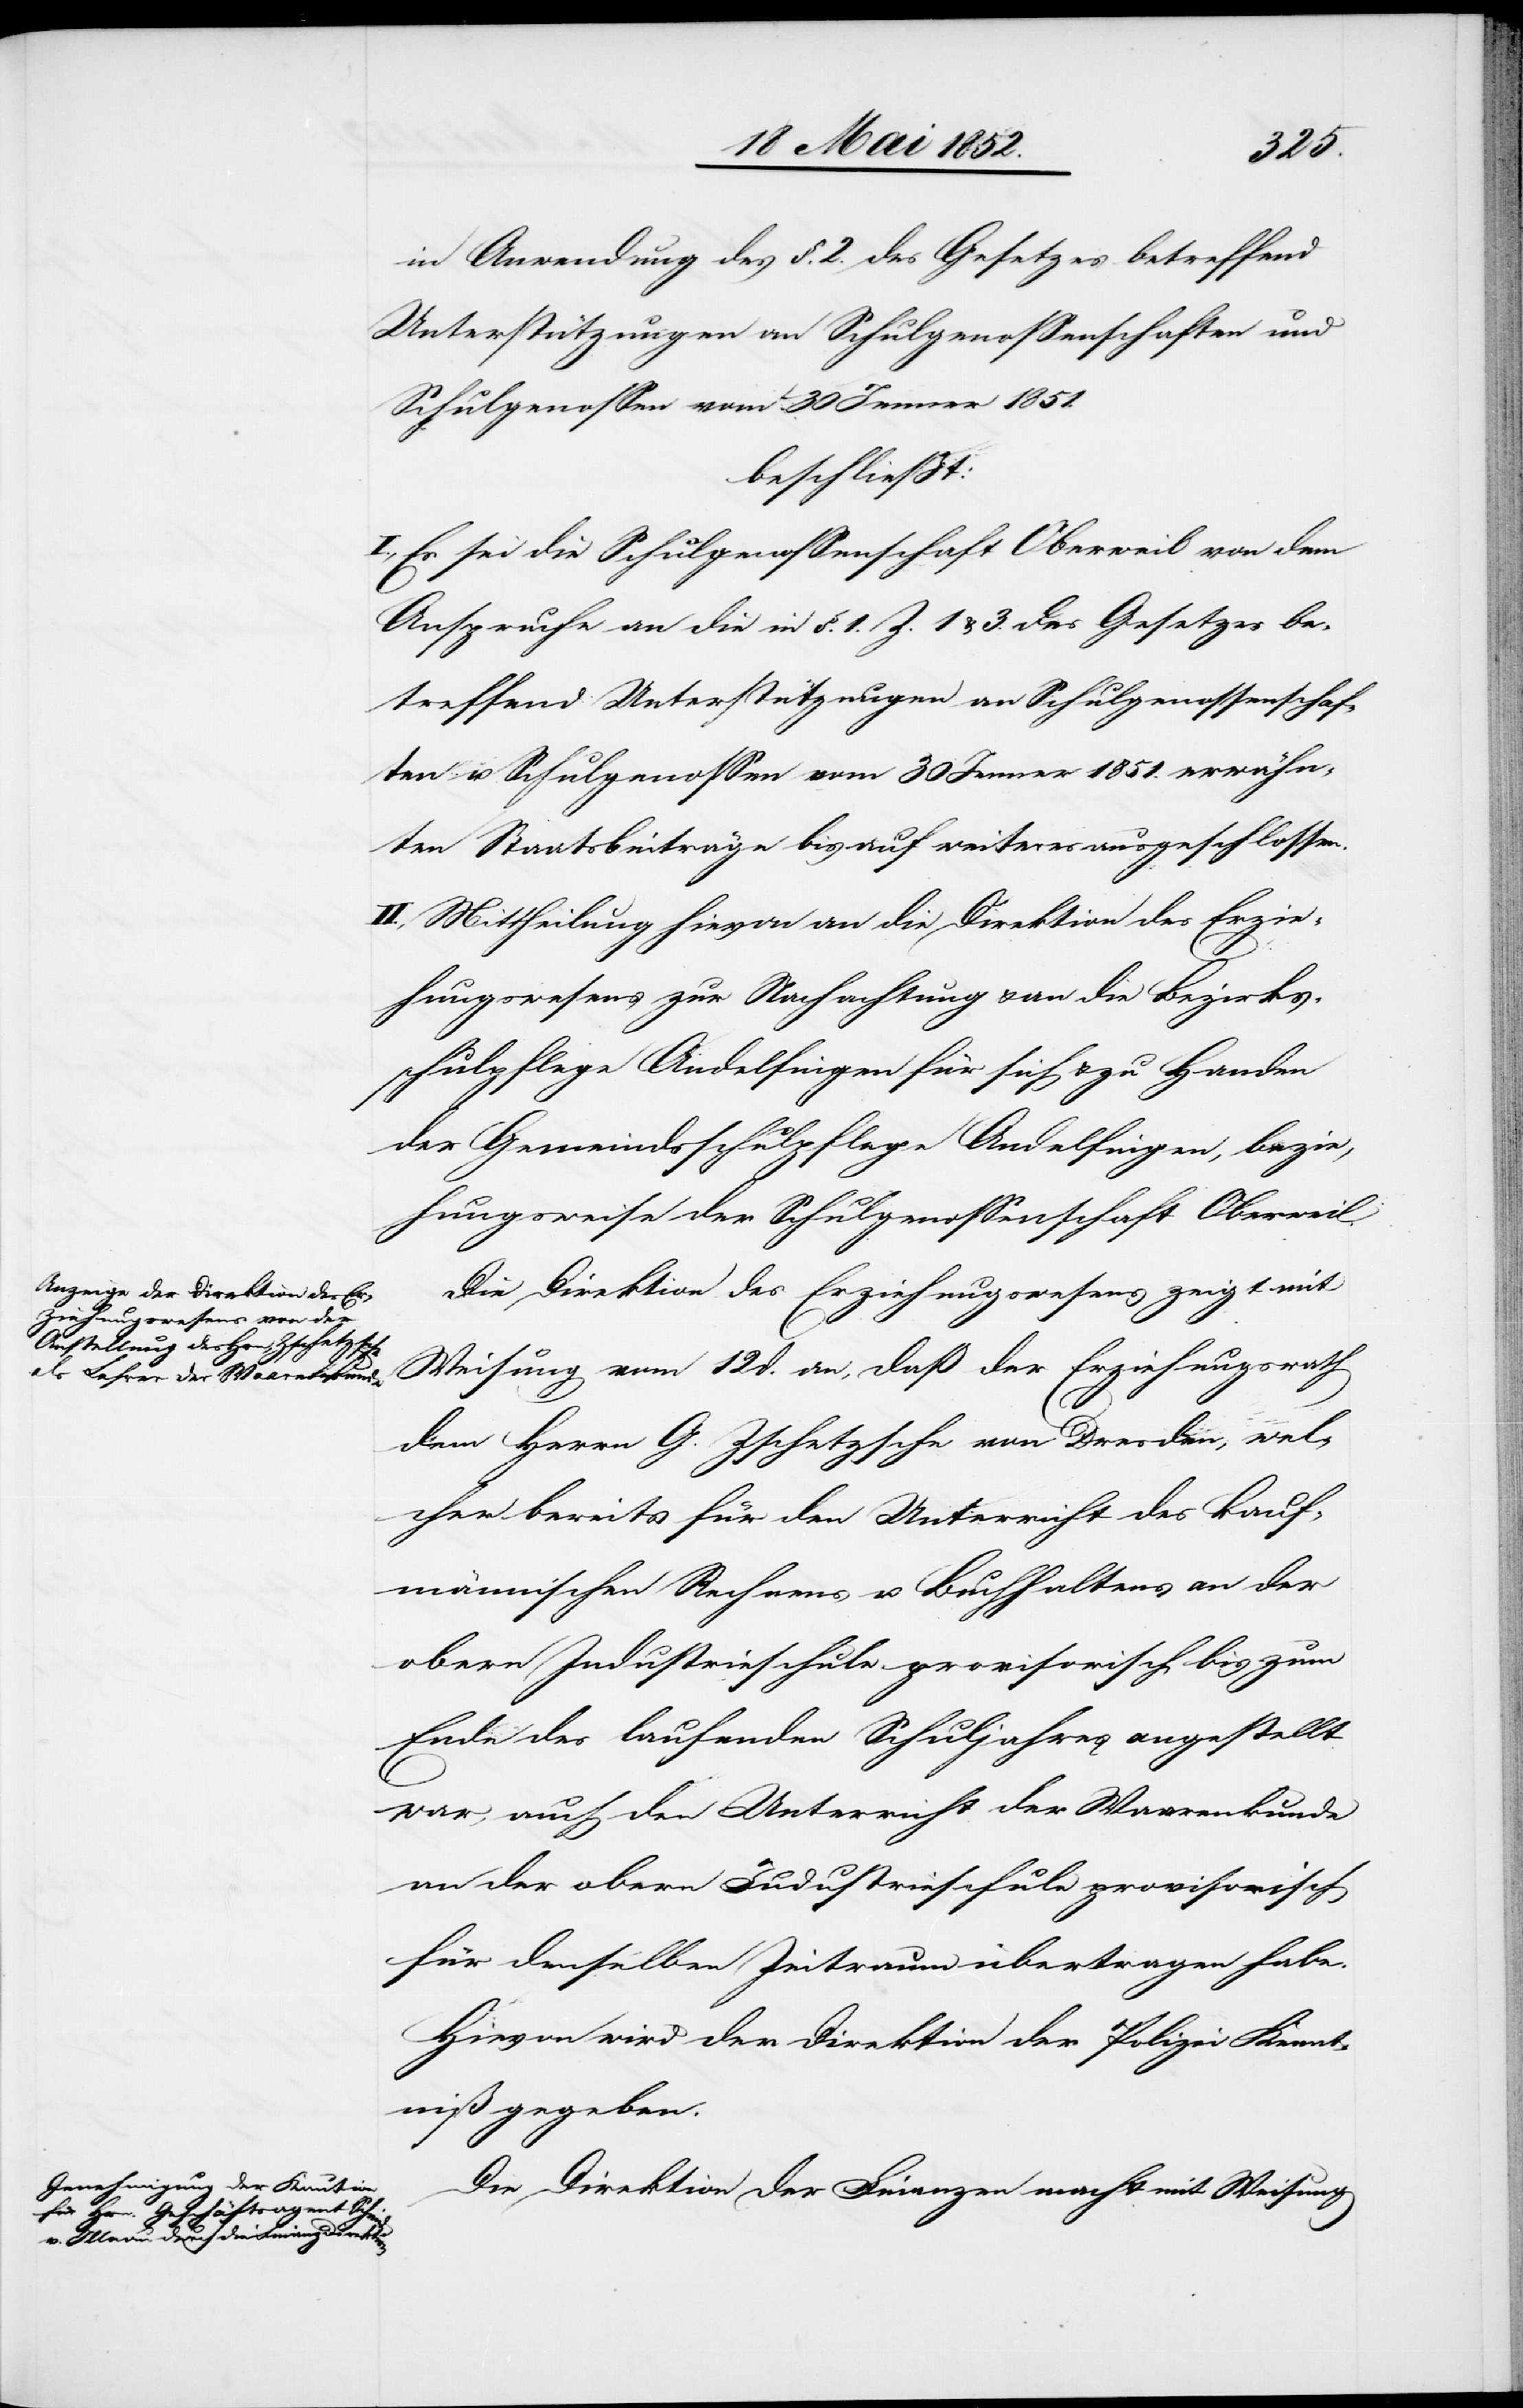
in Anwendung des §. 2. des Gesetzes betreffend
Unterstützungen an Schulgenossenschaften und
Schulgenossen vom 30 Jenner 1851.
beschliesst
I., Es sei die Schulgenossenschaft Oberweil von dem
Anspruche an die in §. 1. Z. 1 & 3. des Gesetzes be¬
treffend Unterstützungen an Schulgenossenschaf¬
ten u. Schulgenossen vom 30 Jenner 1851. erwähn¬
ten Staatsbeiträge bis auf weiteres ausgeschlossen.
II., Mittheilung hievon an die Direktion des Erzie¬
hungswesens zur Nachachtung & an die Bezirks¬
schulpflege Andelfingen für sich & zu Handen
der Gemeindsschulpflege Andelfingen, bezie¬
hungsweise der Schulgenossenschaft Oberweil.
Die Direktion des Erziehungswesens zeigt mit
Weisung vom 12 d. an, daß der Erziehungsrath
dem Herrn G. Zschetzsche von Dresden, wel¬
cher bereits für den Unterricht des kauf¬
männischen Rechnens u. Buchhaltens an der
obern Industrieschule provisorisch bis zum
Ende des laufenden Schuljahres angestellt
war, auch den Unterricht der Waarenkunde
an der obern Industrieschule provisorisch
für denselben Zeitraum übertragen habe.
Hievon wird der Direktion der Polizei Kennt¬
niß gegeben.
Die Direktion der Finanzen macht mit Weisung